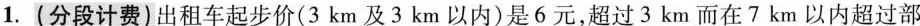
1.(分段计费)出租车起步价(3km及3km以内)是6元，超过3km而在7km以内超过部